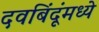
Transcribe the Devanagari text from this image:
दवबिंदूंमध्ये